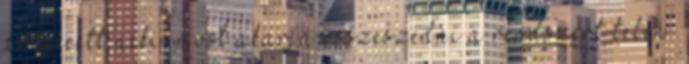
de teccett neki, most akarja összeszedni a rendszert télen.